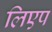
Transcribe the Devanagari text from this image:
लिएप